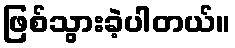
ဖြစ်သွားခဲ့ပါတယ်။